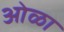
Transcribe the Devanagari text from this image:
ओळा